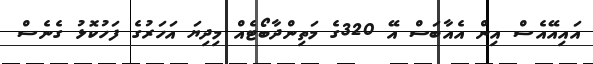
އައިއޭއެސް އިން އެއާބަސް އޭ 320ގެ މަތިންދާބޯޓެއް މިދިޔަ އަހަރުގެ ފަހުކޮޅު ގެނެސް